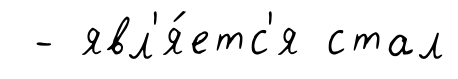
- явл'я́етс'я стал